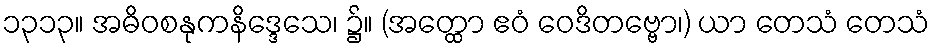
၁၃၁၃။ အဓိဝစနုကနိဒ္ဒေသေ၊ ၌။ (အတ္ထော ဧဝံ ဝေဒိတဗ္ဗော၊) ယာ တေသံ တေသံ